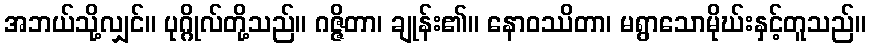
အဘယ်သို့လျှင်။ ပုဂ္ဂိုလ်တို့သည်။ ဂဇ္ဇိတာ၊ ချုန်း၏။ နောဝဿိတာ၊ မရွာသောမိုဃ်းနှင့်တူသည်။